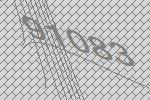
91083